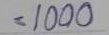
= 1000